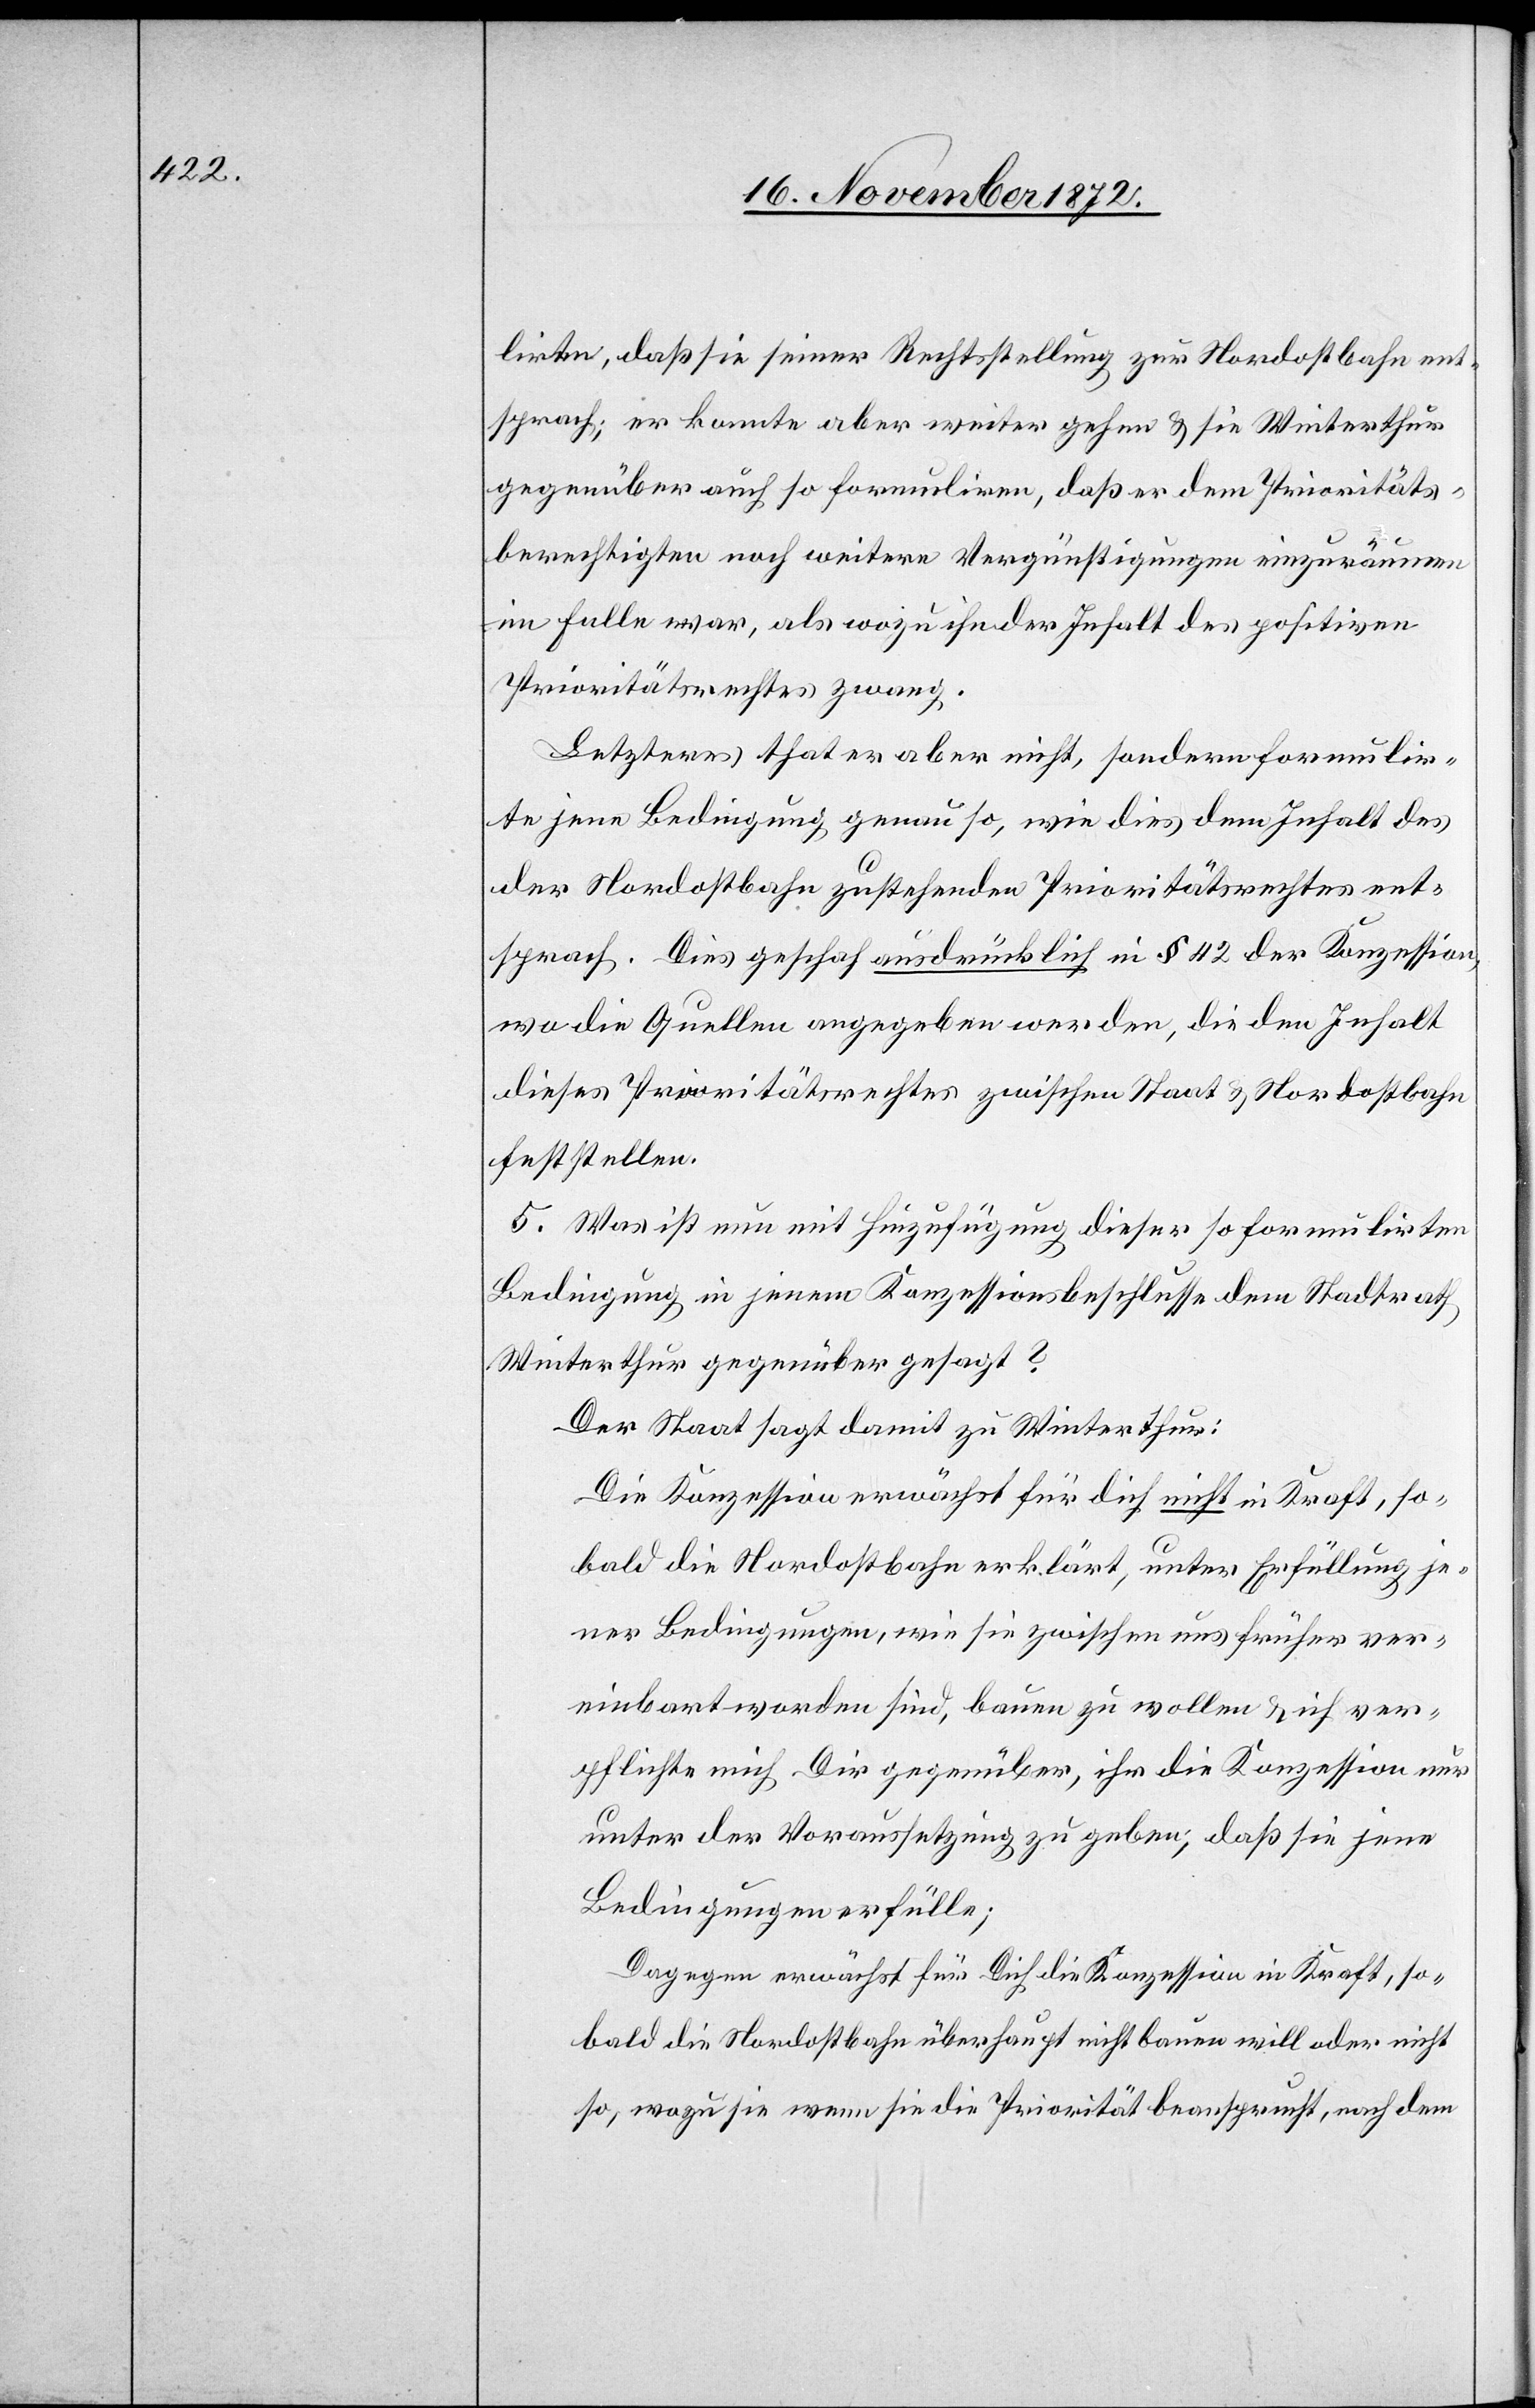
[sic!], daß sie seiner Rechtsstellung zur Nordostbahn ent¬
sprach; er konnte aber weiter gehen u. sie Winterthur
gegenüber auch so formuliren, daß er dem Prioritäts¬
berechtigten noch weitere Vergünstigungen einzuräumen
im Falle war, als wozu ihn der Inhalt des positiven
Prioritätsrechtes zwang.
Letzteres that er aber nicht, sondern formulir¬
te jene Bedingung genau so, wie dies dem Inhalt des
der Nordostbahn zustehenden Prioritätsrechtes ent¬
sprach. Dies geschah ausdrücklich in § 42 der Konzession,
wo die Quellen angegeben werden, die den Inhalt
dieses Prioritätsrechtes zwischen Staat u. Nordostbahn
feststellen.
5. Was ist nun mit Hinzufügung dieser so formulirten
Bedingung in jenem Konzessionsbeschlusse dem Stadtrath
Winterthur gegenüber gesagt?
Der Staat sagt damit zu Winterthur:
Die Konzession erwächst für dich nicht in Kraft, so¬
bald die Nordostbahn erklärt, unter Erfüllung je¬
ner Bedingungen, wie sie zwischen uns früher ver¬
einbart worden sind, bauen zu wollen u. ich ver¬
pflichte mich Dir gegenüber, ihr die Konzession nur
unter der Voraussetzung zu geben, daß sie jene
Bedingungen erfülle;
Dagegen erwächst für Dich die Konzession in Kraft, so¬
bald die Nordostbahn überhaupt nicht bauen will oder nicht
so, wozu sie wenn sie die Priorität beansprucht, nach dem